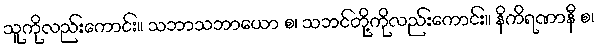
သူကိုလည်းကောင်း။ သဘာသဘာယော စ၊ သဘင်တို့ကိုလည်းကောင်း။ နိကိရဏာနီ စ၊